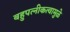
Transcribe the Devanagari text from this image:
बहुपत्‍नीकत्वामुळे